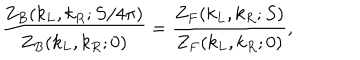
LaTeX: { \frac { Z _ { B } ( k _ { L } , k _ { R } ; S / 4 \pi ) } { Z _ { B } ( k _ { L } , k _ { R } ; 0 ) } } = { \frac { Z _ { F } ( k _ { L } , k _ { R } ; S ) } { Z _ { F } ( k _ { L } , k _ { R } ; 0 ) } } ,